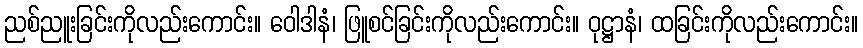
ညစ်ညူးခြင်းကိုလည်းကောင်း။ ဝေါဒါနံ၊ ဖြူစင်ခြင်းကိုလည်းကောင်း။ ဝုဋ္ဌာနံ၊ ထခြင်းကိုလည်းကောင်း။